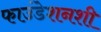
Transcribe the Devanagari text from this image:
फाउंडेशनशी